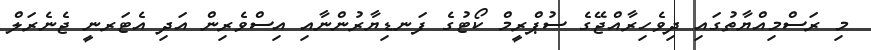
މި ރަސްމިއްޔާތުގައި ދިވެހިރާއްޖޭގެ ސުޕްރީމް ކޯޓުގެ ފަނޑިޔާރުންނާއި އިސްވެރިން އަދި އެޓަރނީ ޖެނެރަލް